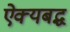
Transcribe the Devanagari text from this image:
ऐक्यबद्ध